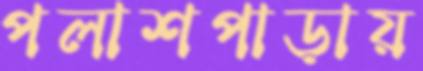
পলাশপাড়ায়